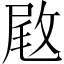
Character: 𢽙